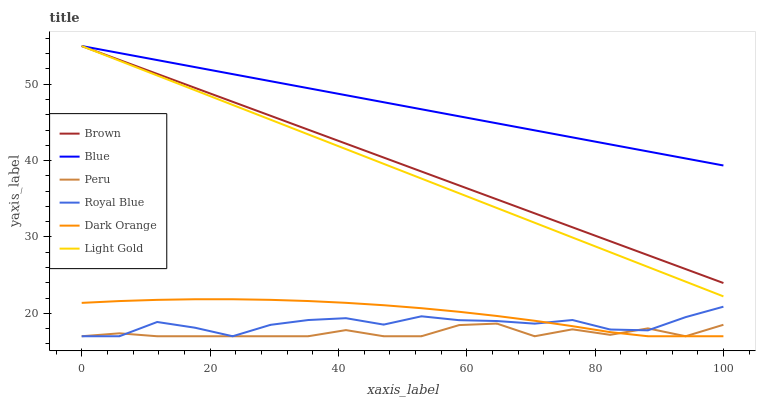
| xaxis_label | Brown | Blue | Peru | Royal Blue | Dark Orange | Light Gold |
 | --- | --- | --- | --- | --- | --- | --- |
 | 0 | 55 | 55 | 17 | 17 | 21.4 | 55 |
 | 5.88 | 53.2 | 54.1 | 17.4 | 17 | 21.6 | 53.1 |
 | 11.8 | 51.3 | 53.2 | 17 | 18.9 | 21.8 | 51.1 |
 | 17.6 | 49.5 | 52.2 | 17 | 18.1 | 21.8 | 49.2 |
 | 23.5 | 47.7 | 51.3 | 17 | 17 | 21.8 | 47.3 |
 | 29.4 | 45.9 | 50.4 | 17 | 18.5 | 21.8 | 45.4 |
 | 35.3 | 44 | 49.5 | 17 | 19.1 | 21.6 | 43.4 |
 | 41.2 | 42.2 | 48.6 | 17.8 | 19.4 | 21.4 | 41.5 |
 | 47.1 | 40.4 | 47.6 | 17 | 18.5 | 21.1 | 39.6 |
 | 52.9 | 38.6 | 46.7 | 17 | 19.6 | 20.7 | 37.6 |
 | 58.8 | 36.7 | 45.8 | 18.5 | 19.1 | 20.2 | 35.7 |
 | 64.7 | 34.9 | 44.9 | 18.7 | 19 | 19.7 | 33.8 |
 | 70.6 | 33.1 | 44 | 17 | 18.7 | 19 | 31.9 |
 | 76.5 | 31.3 | 43 | 17.9 | 19.1 | 18.3 | 29.9 |
 | 82.4 | 29.4 | 42.1 | 17.2 | 17.9 | 17.5 | 28 |
 | 88.2 | 27.6 | 41.2 | 18 | 17.8 | 17 | 26.1 |
 | 94.1 | 25.8 | 40.3 | 17 | 19.5 | 17 | 24.1 |
 | 100 | 24 | 39.4 | 18.5 | 20.9 | 17 | 22.2 |